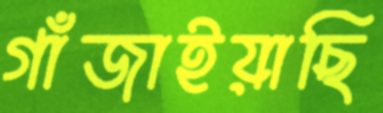
গাঁজাইয়াছি